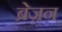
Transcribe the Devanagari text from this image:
ब्रेज़न